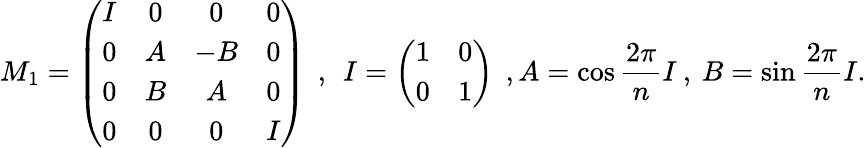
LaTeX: M_{1}=\left(\begin{array}{cccc}{{I}}&{{0}}&{{0}}&{{0}}\\ {{0}}&{{A}}&{{-B}}&{{0}}\\ {{0}}&{{B}}&{{A}}&{{0}}\\ {{0}}&{{0}}&{{0}}&{{I}}\end{array}\right)\: \: ,\: \: I=\left(\begin{array}{cc}{{1}}&{{0}}\\ {{0}}&{{1}}\end{array}\right)\: \: ,A=\cos\frac{2\pi}{n}I\: ,\: B=\sin\frac{2\pi}{n}I.